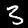
Label: 3